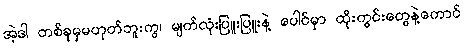
အဲ့ဒါ တစ်ခုမှမဟုတ်ဘူးကွ၊ မျက်လုံးပြူးပြူးနဲ့ ပေါင်မှာ ထိုးကွင်းတွေနဲ့ကောင်